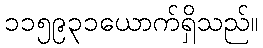
၁၁၅၉၃၁ယောက်ရှိသည်။